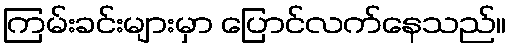
ကြမ်းခင်းများမှာ ပြောင်လက်နေသည်။